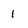
Character: 1